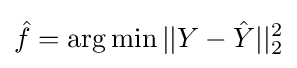
{\hat {f}}=\operatorname {arg\,min} ||Y-{\hat {Y}}||_{2}^{2}